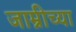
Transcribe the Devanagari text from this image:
जाम्नीच्या